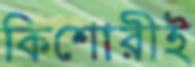
কিশোরীই